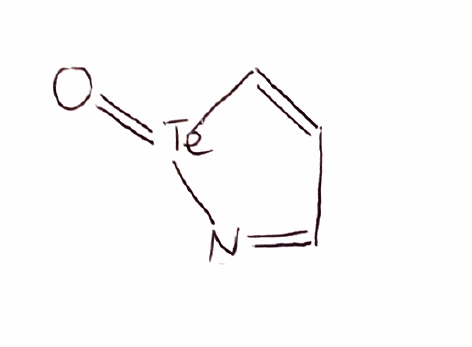
Simplified molecular-input line-entry system (SMILES) notation of the given molecule:
C1=C[Te](=O)N=C1